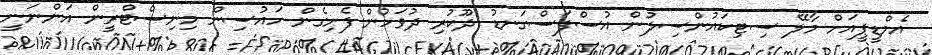
އެމްޑީޕީއަށް މާލޭ ސިޓިކައުންސިލުން އުސްފަސްގަނޑު ދޫކުރި ދުވަހުން ފެށިގެން ހައުސިން މިނިސްޓްރީން އަންނަނީ